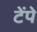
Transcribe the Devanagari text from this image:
टेंपे